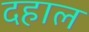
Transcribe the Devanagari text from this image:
दहाल